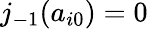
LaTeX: j_{-1}(a_{i0})=0